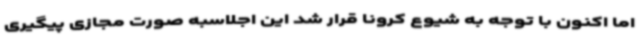
اما اکنون با توجه به شیوع کرونا قرار شد این اجلاسبه صورت مجازی پیگیری